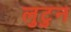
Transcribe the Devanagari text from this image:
लुटुन